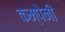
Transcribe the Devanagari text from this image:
कम्पेनी